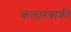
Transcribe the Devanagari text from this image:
कलारबाकी